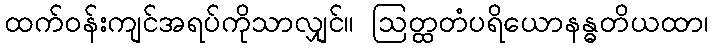
ထက်ဝန်းကျင်အရပ်ကိုသာလျှင်။ ဩတ္ထတံပရိယောနန္ဓတိယထာ၊